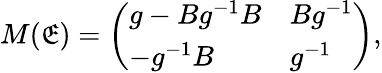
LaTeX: M(\mathfrak{E})=\left(\begin{array}{ll}{{g-Bg^{-1}B}}&{{Bg^{-1}}}\\ {{-g^{-1}B}}&{{g^{-1}}}\end{array}\right),